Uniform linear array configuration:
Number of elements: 12
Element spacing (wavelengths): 0.75
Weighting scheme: blackman
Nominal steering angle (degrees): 0
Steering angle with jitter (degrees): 0.1573
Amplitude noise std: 0.05
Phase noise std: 0.05

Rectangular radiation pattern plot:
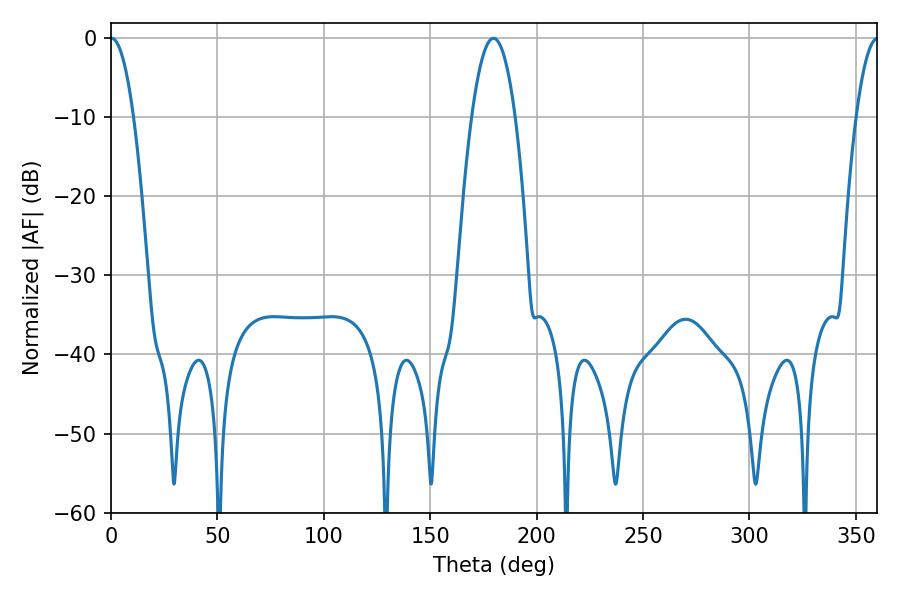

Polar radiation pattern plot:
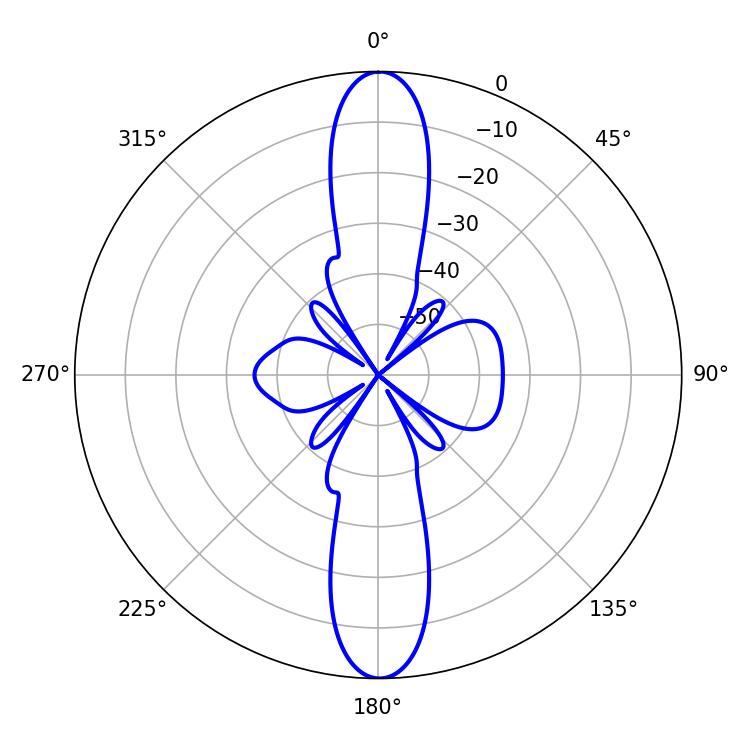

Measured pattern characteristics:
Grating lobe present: TRUE
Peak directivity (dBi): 29.166
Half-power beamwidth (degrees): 5.94
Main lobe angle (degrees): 0.36